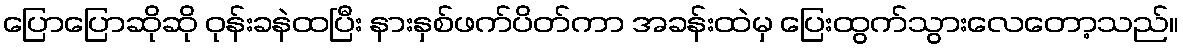
ပြောပြောဆိုဆို ဝုန်းခနဲထပြီး နားနှစ်ဖက်ပိတ်ကာ အခန်းထဲမှ ပြေးထွက်သွားလေတော့သည်။